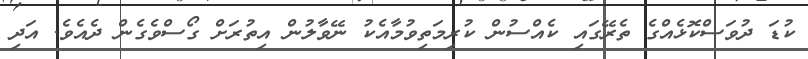
ކުޑަ ދުވަސްކޮޅެއްގެ ތެރޭގައި ކެއްސުން ކުރިމަތިވުމާއެކު ނޭވާލުން އިތުރަށް ގޯސްވެގެން ދެއެވެ. އަދި